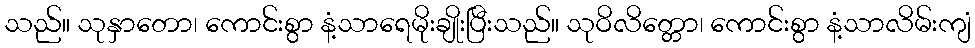
သည်။ သုနှာတော၊ ကောင်းစွာ နံ့သာရေမိုးချိုးပြီးသည်။ သုဝိလိတ္တော၊ ကောင်းစွာ နံ့သာလိမ်းကျံ